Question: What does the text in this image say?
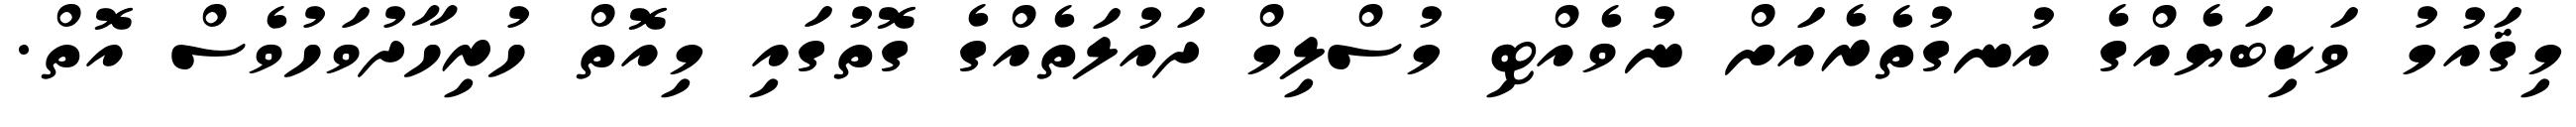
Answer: މިޤައުމު ވަކިބަޔެއްގެ އުނގުތެރެއަށް ނުވެއްޓި މުސްލިމް ދައުލަތެއްގެ ގޮތުގައި މިއޮތް ހުރިހާދުވަހުވެސް އޮތް.